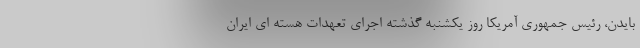
بایدن، رئیس جمهوری آمریکا روز یکشنبه گذشته اجرای تعهدات هسته ای ایران